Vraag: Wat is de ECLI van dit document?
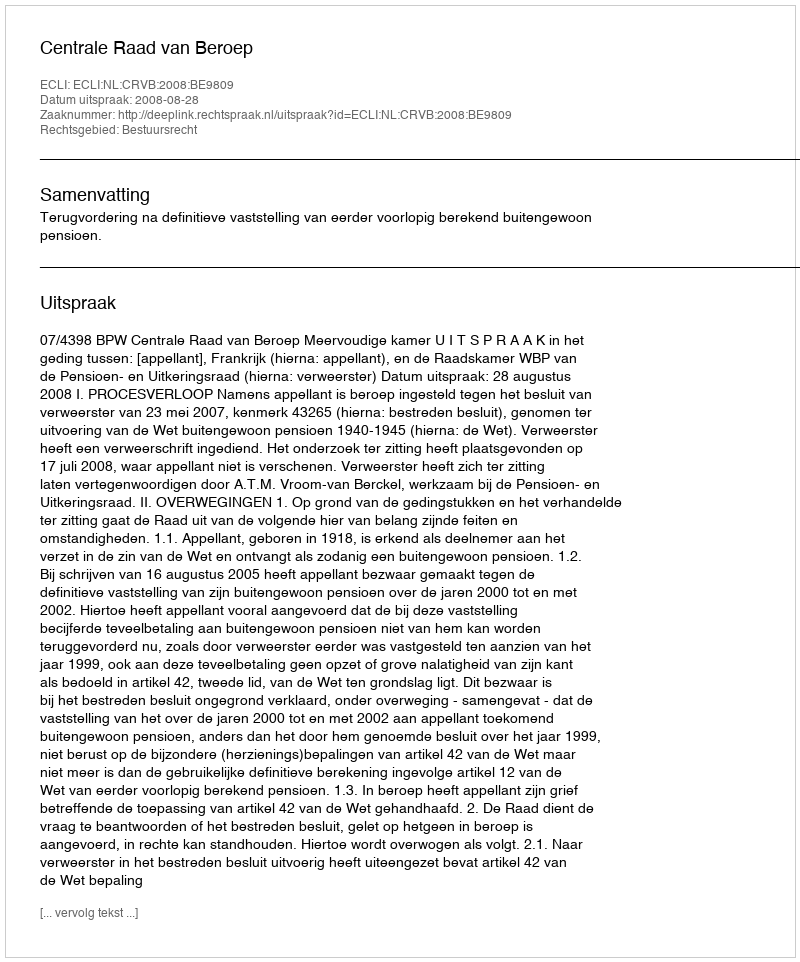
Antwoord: ECLI:NL:CRVB:2008:BE9809